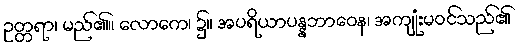
ဥတ္တရာ၊ မည်၏။ လောကေ၊ ၌။ အပရိယာပန္နဘာဝေန၊ အကျုံးမဝင်သည်၏